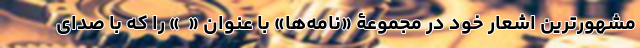
مشهورترین اشعار خود در مجموعۀ «نامه‌ها» با عنوان « ‌ » را که با صدای